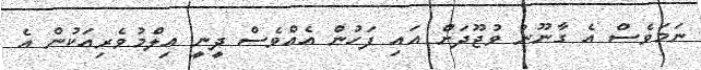
ނަމަވެސް އެ ގާނޫނު ވުޖޫދަށް އައި ފަހުން އެއްވެސް ދީނީ އިލްމުވެރިއަކުން އެ